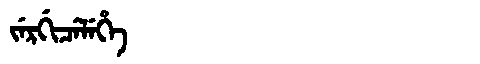
Manchu: ᠵᡝᡵᡤᡳᠴᡝᠯᡝᡥᡝ
Romanization: JERGICELEHE